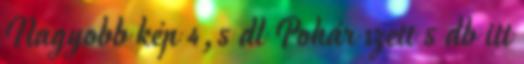
Nagyobb kép 4,5 dl Pohár szett 5 db itt